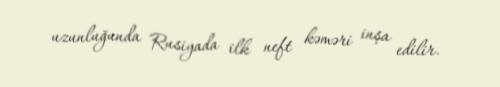
uzunluğunda Rusiyada ilk neft kəməri inşa edilir.